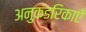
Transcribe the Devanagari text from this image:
अनुकंडरिकाएँ